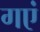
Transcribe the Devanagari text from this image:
गएं